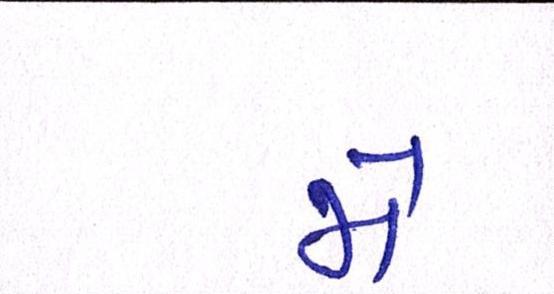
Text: મે